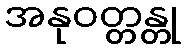
အနုဝတ္တန္တု